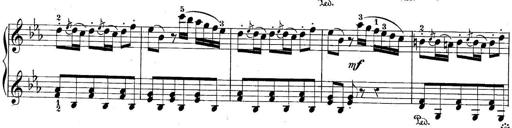
Title: 10 Sonatines progressives
Composer: Anton Schmoll